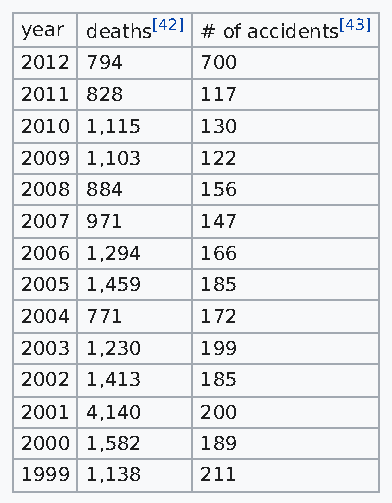
year deaths[42] # of accidents[43]
 2012 794    700
 2011 828    117
 2010 1,115  130
 2009 1,103  122
 2008 884    156
 2007 971    147
 2006 1,294  166
 2005 1,459  185
 2004 771    172
 2003 1,230  199
 2002 1,413  185
 2001 4,140  200
 2000 1,582  189
 1999 1,138  211